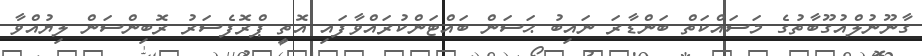
ގާނޫނުލްއުގޫބާތުގެ މަސައްކަތް ބަންޑާރަ ނައިބު ޙަސަން ބައްޓަންކުރައްވާފައި އޮތީ ޕްރޮފެސަރު ރޮބިންސަން ލިޔުއްވާ